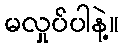
မလှုပ်ပါနဲ့။